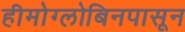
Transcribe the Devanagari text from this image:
हीमोग्लोबिनपासून